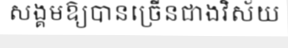
សង្គមឱ្យបានច្រើនជាងវិស័យ